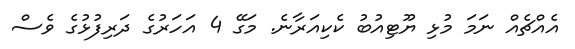
އެއްޗެއް ނަމަ މުޅި ޔޫޓިއުބު ކެކިއަރާނެ. މަގޭ 4 އަހަރުގެ ދަރިފުޅުގެ ވެސް